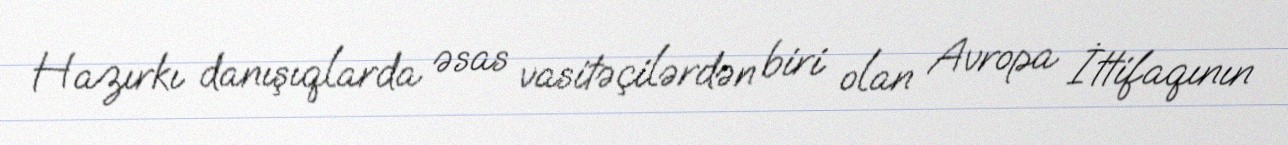
Hazırkı danışıqlarda əsas vasitəçilərdən biri olan Avropa İttifaqının